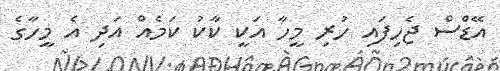
އޭޑްސް ޖެހިފައި ހުރި މީހާ އަކީ ކާކު ކަމެއް އަދި އެ މީހާގެ